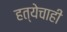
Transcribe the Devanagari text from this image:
हत्येचाही